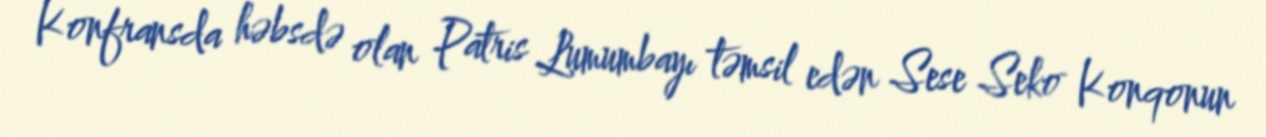
Konfransda həbsdə olan Patris Lumumbayı təmsil edən Sese Seko Konqonun